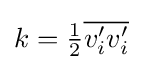
k={\tfrac {1}{2}}{\overline {v_{i}'v_{i}'}}